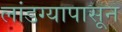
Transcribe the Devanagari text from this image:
लांडग्यापासून